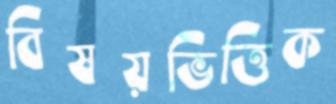
বিষয়ভিত্তিক